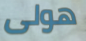
هولى